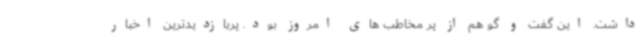
داشت. این گفت و گو هم از پر مخاطب های امروز بود. پربازدیدترین اخبار